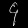
Digit: ၄